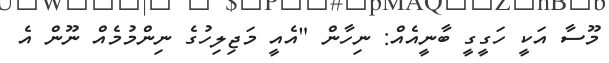
މޫސާ އަކީ ހަގީގީ ބާނީއެއް: ނިހާން "އެއީ މަޖިލިހުގެ ނިންމުމެއް ނޫން އެ